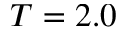
T = 2 . 0